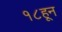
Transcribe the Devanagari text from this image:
१८हून